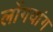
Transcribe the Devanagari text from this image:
लोंगयांग